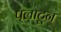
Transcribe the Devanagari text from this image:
पलाटून